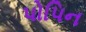
પોપિન